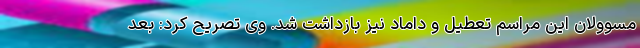
مسوولان این مراسم تعطیل و داماد نیز بازداشت شد. وی تصریح کرد: بعد